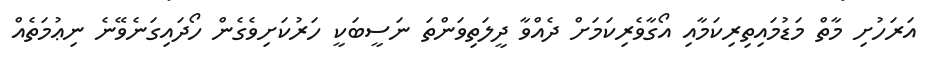
އަރަހުށި މާތް މަޑުމައިތިރިކަމާއި އޯގާވެރިކަމަށް ދެއްވާ ދީލަތިވަންތަ ނަސީބަކީ ހަރުކަށިވެގެން ހޯދައިގަނެވޭނެ ނިޢުމަތެއް